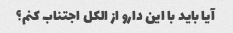
آیا باید با این دارو از الکل اجتناب کنم؟